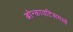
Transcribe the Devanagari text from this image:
ब्रोन्कायटिसमध्ये